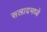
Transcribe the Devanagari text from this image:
सलादमध्ये